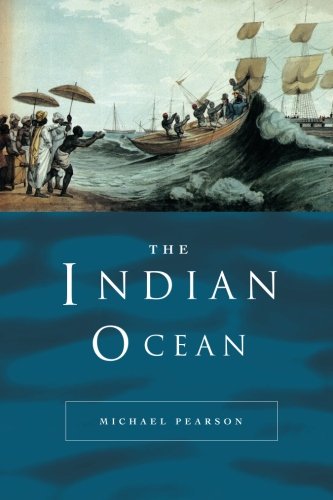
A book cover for The Indian Ocean (Seas in History); Michael Pearson; History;